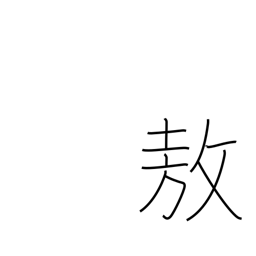
Meaning: be proud